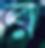
র